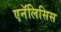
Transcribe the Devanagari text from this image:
एनॅलिसिस